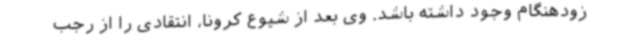
زودهنگام وجود داشته باشد. وی بعد از شیوع کرونا، انتقادی را از رجب